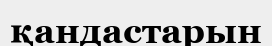
қандастарын